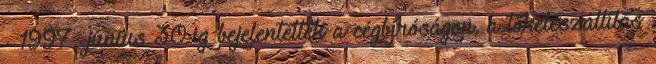
- 1997. június 30-ig bejelentették a cégbíróságon, a tőkeleszállítás